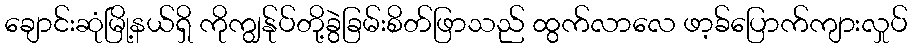
ချောင်းဆုံမြို့နယ်ရှိ ကိုကျွန်ုပ်တို့ခွဲခြမ်းစိတ်ဖြာသည် ထွက်လာလေ ဖာ့ခ်ပြောက်ကျားလှုပ်